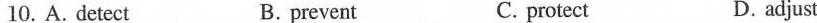
10. A. detect B.prevent C. protect D. adjust